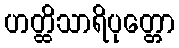
ဟတ္ထိသာရိပုတ္တော